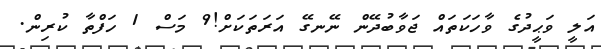
އަލީ ވަޙީދުގެ ވާހަކަތަައް ޖަވާބުދޭން ނޭނގޭ އަރަތަކަށް!9 މަސް 1 ހަފްތާ ކުރިން.